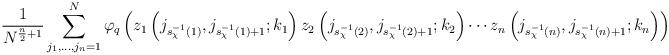
LaTeX: \begin{align*}\frac{1}{N^{\frac{n}{2} + 1}} \sum^N_{j_1, \ldots, j_n = 1} \varphi_q\left(z_1\left(j_{s^{-1}_\chi(1)}, j_{s^{-1}_\chi(1) + 1}; k_1\right)z_2\left(j_{s^{-1}_\chi(2)}, j_{s^{-1}_\chi(2) + 1}; k_2\right) \cdots z_n\left(j_{s^{-1}_\chi(n)}, j_{s^{-1}_\chi(n) + 1}; k_n\right) \right) \end{align*}